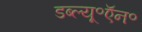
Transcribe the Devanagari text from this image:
डब्ल्यू॰ऍन॰